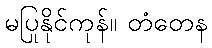
မပြုနိုင်ကုန်။ တံတေန